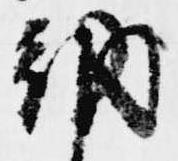
納